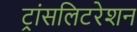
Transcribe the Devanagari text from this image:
ट्रांसलिटरेशन